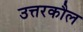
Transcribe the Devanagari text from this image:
उत्तरकौल